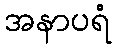
အနာပရံ